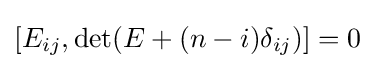
[E_{ij},\det(E+(n-i)\delta _{ij})]=0